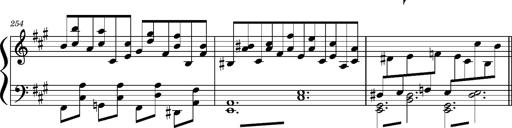
Title: Concerto sans orchestre, S.524a
Composer: Franz Liszt
Key: A major